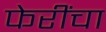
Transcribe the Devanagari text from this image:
फेरींचा